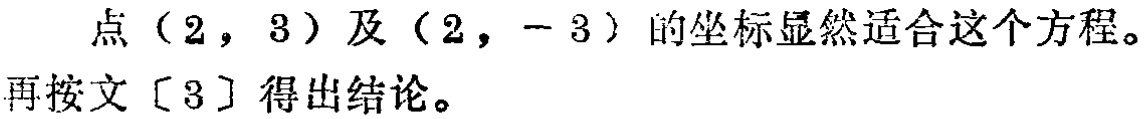
点\((2,3)\)及\((2,-3)\)的坐标显然适合这个方程。
再按文\([3]\)得出结论。